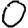
Digit: 0